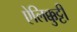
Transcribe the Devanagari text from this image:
ऐलिक्कुट्टी